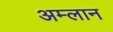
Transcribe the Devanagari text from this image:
अम्लान